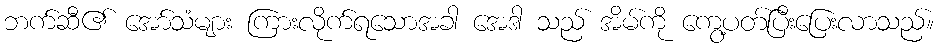
ဘက်ဆီ၏ အော်သံများ ကြားလိုက်ရသောအခါ အေဒါ သည် အိမ်ကို ကွေ့ပတ်ပြီးပြေးလာသည်။